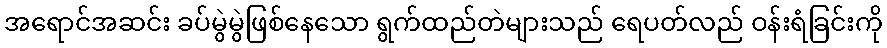
အရောင်အဆင်း ခပ်မွဲမွဲဖြစ်နေသော ရွက်ထည်တဲများသည် ရေပတ်လည် ဝန်းရံခြင်းကို